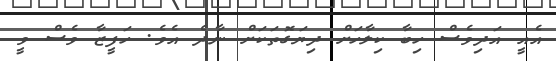
އެއީ އަދިވެސް ހިބާ ކިލާހަށް ދިޔަގޮތަކަށް ނާދެ އެވެ. ހަފީޒާ ވެސް ވީ